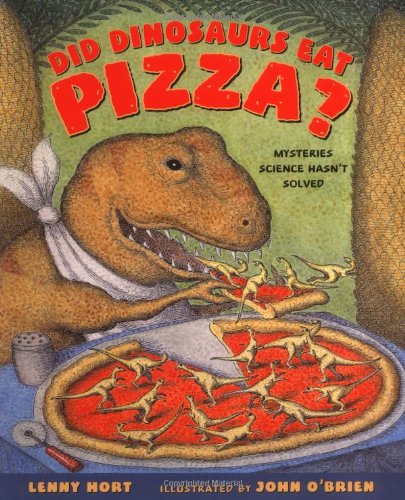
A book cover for Did Dinosaurs Eat Pizza?: Mysteries Science Hasn't Solved; Lenny Hort; Humor & Entertainment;